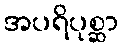
အပရိပုစ္ဆာ